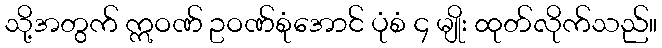
သို့အတွက် ဣဝဏ် ဥဝဏ်စုံအောင် ပုံစံ ၄ မျိုး ထုတ်လိုက်သည်။